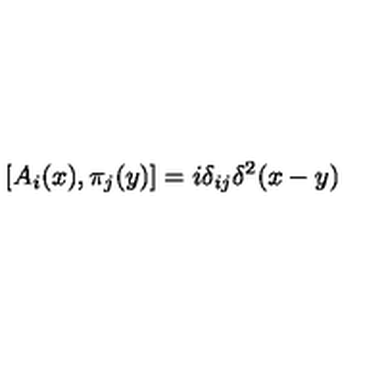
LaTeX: \left[ A _ { i } ( x ) , \pi _ { j } ( y ) \right] = i \delta _ { i j } \delta ^ { 2 } ( x - y )